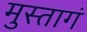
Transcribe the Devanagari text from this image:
मुस्तागं